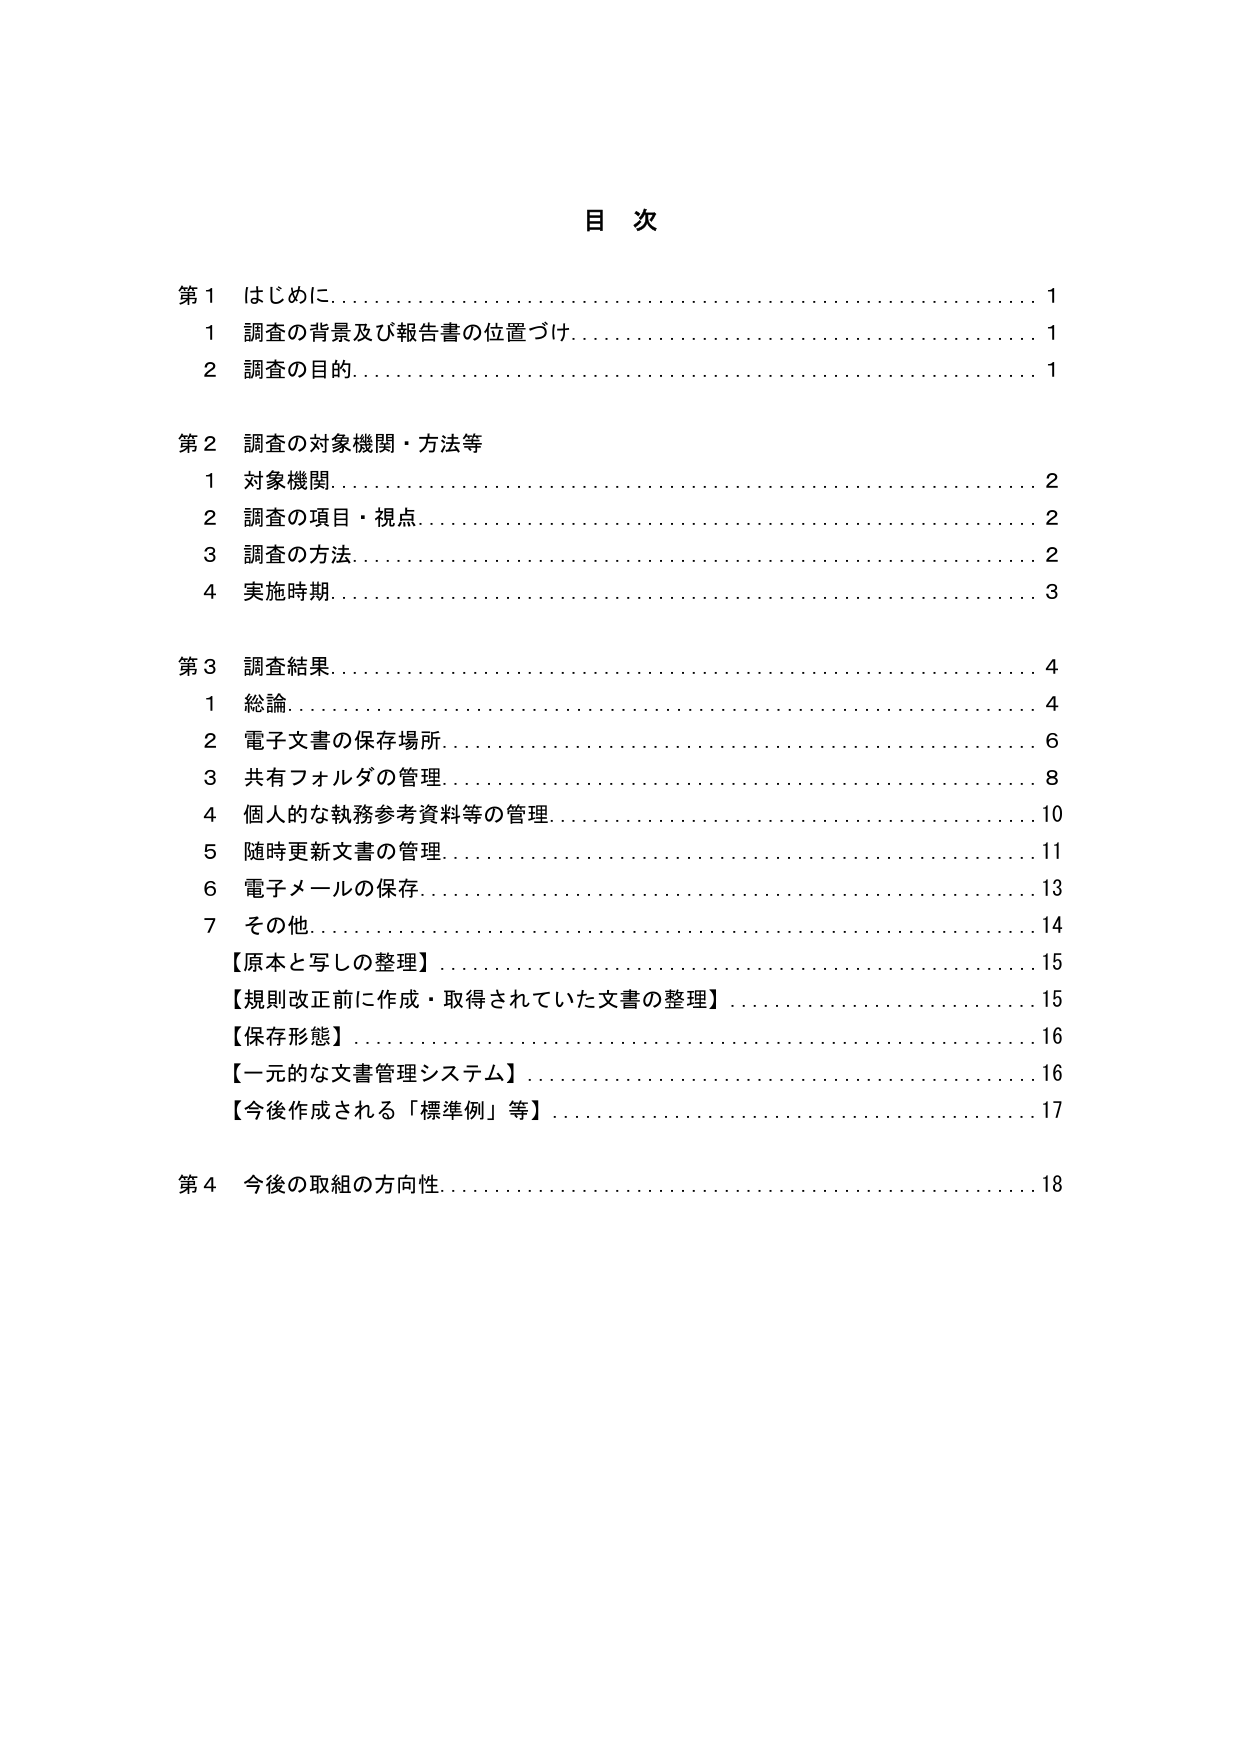
目 次

第１ はじめに…………………………………………………………… 1
　１ 調査の背景及び報告書の位置づけ………………………………… 1
　２ 調査の目的………………………………………………………… 1

第２ 調査の対象機関・方法等
　１ 対象機関…………………………………………………………… 2
　２ 調査の項目・視点………………………………………………… 2
　３ 調査の方法………………………………………………………… 2
　４ 実施時期…………………………………………………………… 3

第３ 調査結果…………………………………………………………… 4
　１ 総論……………………………………………………………… 4
　２ 電子文書の保存場所……………………………………………… 6
　３ 共有フォルダの管理……………………………………………… 8
　４ 個人的な執務参考資料等の管理………………………………… 10
　５ 随時更新文書の管理……………………………………………… 11
　６ 電子メールの保存………………………………………………… 13
　７ その他……………………………………………………………… 14
　　【原本と写しの整理】……………………………………………… 15
　　【規則改正前に作成・取得されていた文書の整理】……………… 15
　　【保存形態】………………………………………………………… 16
　　【一元的な文書管理システム】…………………………………… 16
　　【今後作成される「標準例」等】………………………………… 17

第４ 今後の取組の方向性……………………………………………… 18